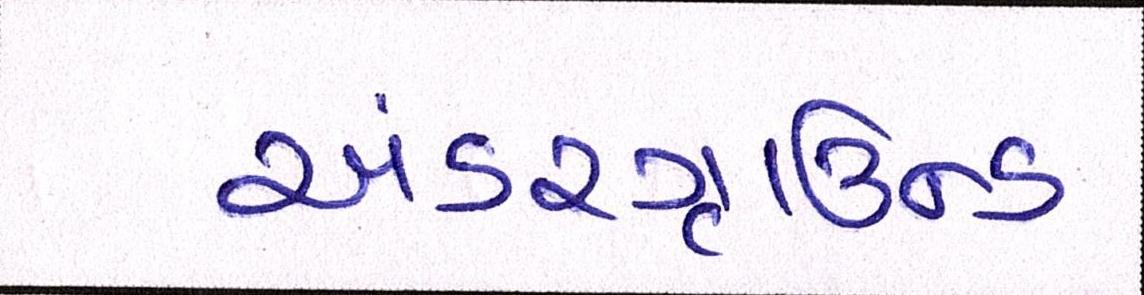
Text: અંડરગ્રાઉન્ડ